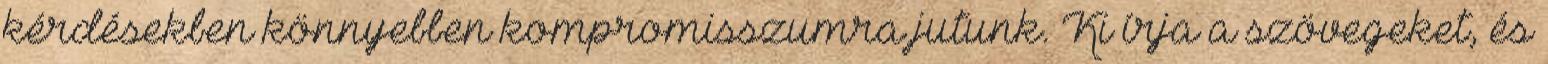
kérdésekben könnyebben kompromisszumra jutunk. Ki írja a szövegeket, és